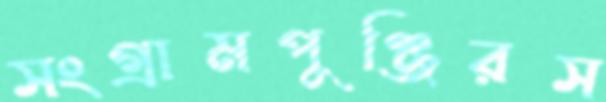
সংগ্রামপুঞ্জিরস